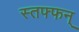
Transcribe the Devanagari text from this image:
स्तफ्फन्